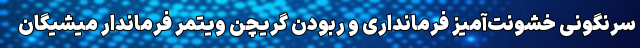
سرنگونی خشونت‌آمیز فرمانداری و ربودن گریچن ویتمر فرماندار میشیگان